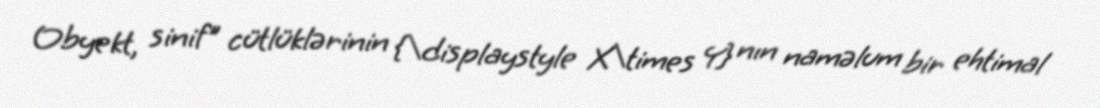
Obyekt, sinif" cütlüklərinin {\displaystyle X\times Y} nın naməlum bir ehtimal